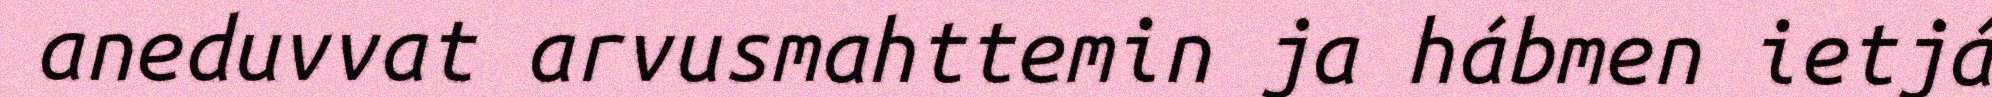
aneduvvat arvusmahttemin ja hábmen ietjá